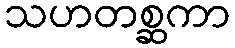
သဟတစ္ဆကာ